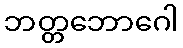
ဘတ္တဘောဂေါ